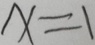
x = 1